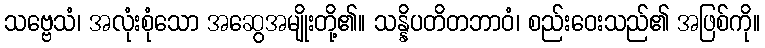
သဗ္ဗေသံ၊ အလုံးစုံသော အဆွေအမျိုးတို့၏။ သန္နိပတိတဘာဝံ၊ စည်းဝေးသည်၏ အဖြစ်ကို။